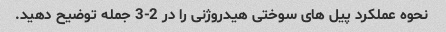
نحوه عملکرد پیل های سوختی هیدروژنی را در 2-3 جمله توضیح دهید.